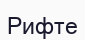
Рифте